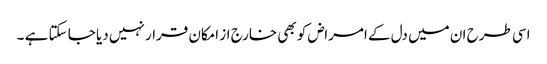
اسی طرح ان میں دل کے امراض کو بھی خارج از امکان قرار نہیں دیا جا سکتا ہے ۔